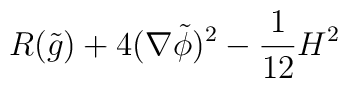
R(\tilde g) +4(\nabla \tilde \phi)^2 - {1\over 12}H^2